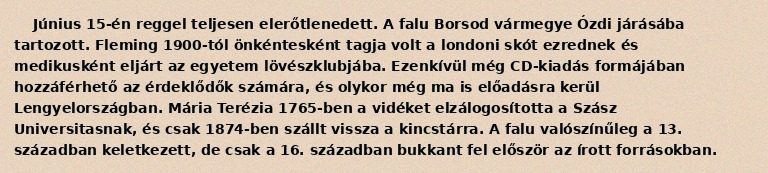
Június 15-én reggel teljesen elerőtlenedett. A falu Borsod vármegye Ózdi járásába tartozott. Fleming 1900-tól önkéntesként tagja volt a londoni skót ezrednek és medikusként eljárt az egyetem lövészklubjába. Ezenkívül még CD-kiadás formájában hozzáférhető az érdeklődők számára, és olykor még ma is előadásra kerül Lengyelországban. Mária Terézia 1765-ben a vidéket elzálogosította a Szász Universitasnak, és csak 1874-ben szállt vissza a kincstárra. A falu valószínűleg a 13. században keletkezett, de csak a 16. században bukkant fel először az írott forrásokban.